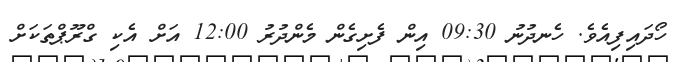
ހޯދައިފިއެވެ. ހެނދުނު 09:30 އިން ފެށިގެން މެންދުރު 12:00 އަށް އެކި ގްރޫޕްތަކަށް